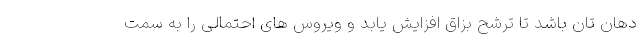
دهان تان باشد تا ترشح بزاق افزایش یابد و ویروس های احتمالی را به سمت